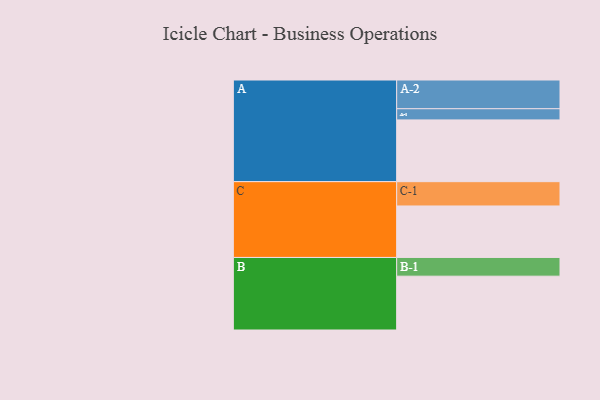
{"axis": {"x": "Segment", "y": "Value"}, "legend": ["", "A", "B", "C"], "data": [{"x": "A", "y": 475, "type": ""}, {"x": "B", "y": 414, "type": ""}, {"x": "C", "y": 396, "type": ""}, {"x": "A-1", "y": 86, "type": "A"}, {"x": "A-2", "y": 221, "type": "A"}, {"x": "B-1", "y": 144, "type": "B"}, {"x": "C-1", "y": 187, "type": "C"}]}